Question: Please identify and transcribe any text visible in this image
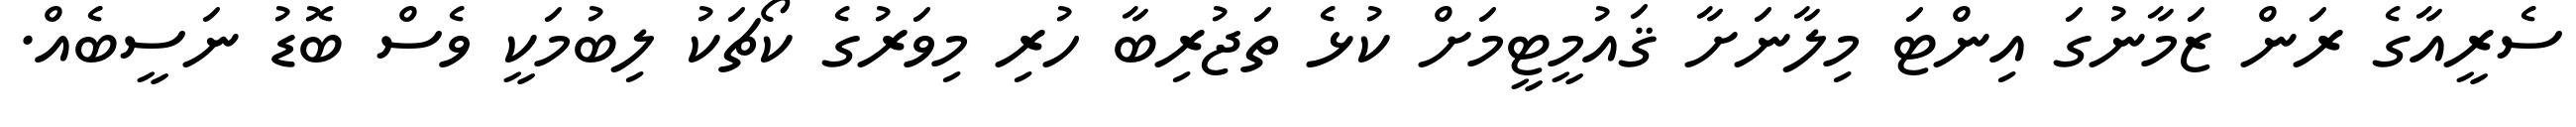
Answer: ސެރީއާގެ ރަން ޒަމާނުގަ އިންޓަ މިލާނަށާ ޤައުމީޓީމަށް ކުޅެ ތަޖުރިބާ ހުރި މިވަރުގެ ކޯޗަކު ލިބުމަކީ ވެސް ބޮޑު ނަސީބެއް.